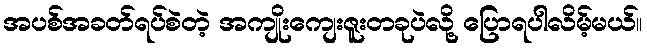
အပစ်အခတ်ရပ်စဲတဲ့ အကျိုးကျေးဇူးတခုပဲလို့ ပြောရပါလိမ့်မယ်။